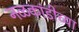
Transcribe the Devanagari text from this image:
नळकांडीच्या